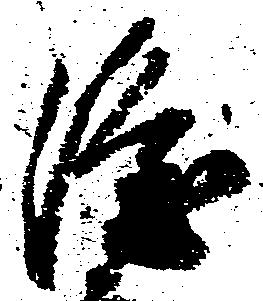
隆